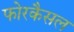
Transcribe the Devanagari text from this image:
फोरकैसल